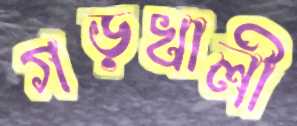
গড়খালী